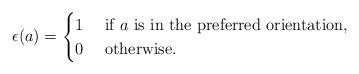
LaTeX: \begin{align*}\epsilon(a) = \begin{cases} 1 & \mbox{ if } a \mbox{ is in the preferred orientation}, \\ 0 &\mbox{ otherwise}. \\ \end{cases} \end{align*}